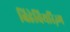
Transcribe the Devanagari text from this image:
बिहेवियरिज़्म